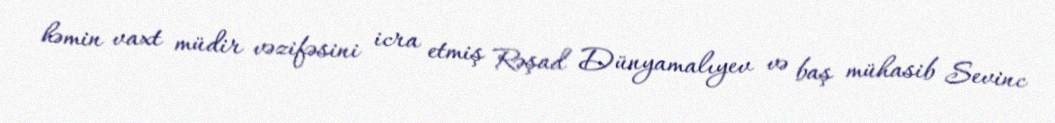
həmin vaxt müdir vəzifəsini icra etmiş Rəşad Dünyamalıyev və baş mühasib Sevinc